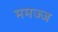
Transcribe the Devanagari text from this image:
ममज्ज